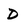
Character: D